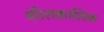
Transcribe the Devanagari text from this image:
शीतकालिक